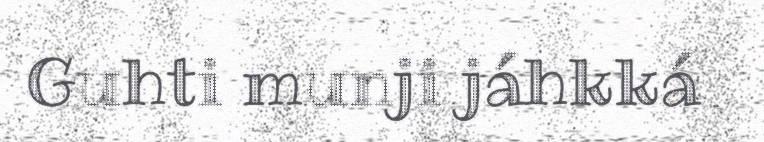
Guhti munji jáhkká